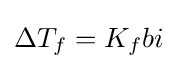
\Delta T_{f}=K_{f}bi